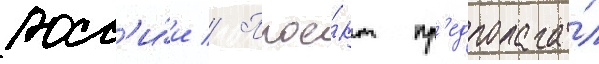
росс'и́и // Прое́кт пр'едполага́л